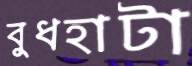
বুধহাটা